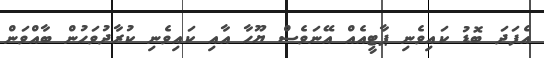
އެފަދަ ބޮޑު ކައިވެނި ޕާޓީއެއް އޭނަވެސް ޔޫހާ އާއި ކައިވެނި ކުރާދުވަހުން ބާއްވަން